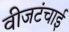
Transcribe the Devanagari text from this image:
वीजटंचाई